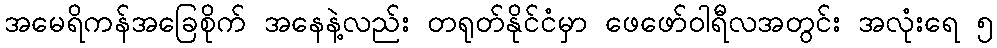
အမေရိကန်အခြေစိုက် အနေနဲ့လည်း တရုတ်နိုင်ငံမှာ ဖေဖော်ဝါရီလအတွင်း အလုံးရေ ၅